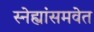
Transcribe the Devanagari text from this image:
स्नेह्यांसमवेत